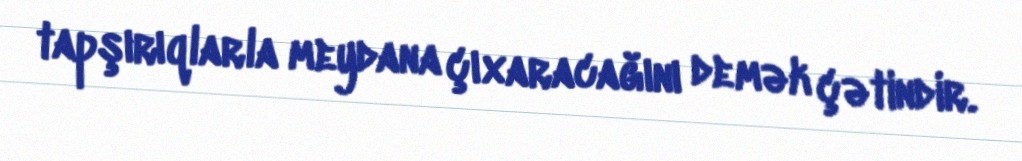
tapşırıqlarla meydana çıxaracağını demək çətindir.